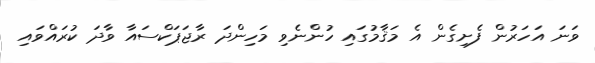
ވަނަ އަހަރުން ފެށިގެން އެ މަޤާމުގައި ހުންނެވި މަހިންދަ ރާޖަޕަކްސައާ ވާދަ ކުރައްވައި